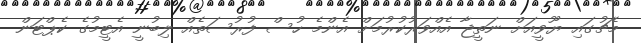
މެޗުގައި ޔޫވީއަށް ނަތީޖާ އެއްވަރުކުރުމަށް އެންމެ ހުސް ފުރުސަތެއް ލިބުނީ އެޓީމުގެ ކެޕްޓަން